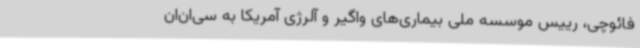
فائوچی، رییس موسسه ملی بیماری‌های واگیر و آلرژی آمریکا به سی‌ان‌ان